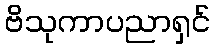
ဗိသုကာပညာရှင်